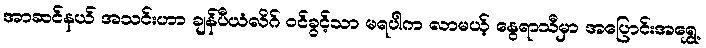
အာဆင်နယ် အသင်းဟာ ချန်ပီယံလိဂ် ဝင်ခွင့်သာ မရပါက လာမယ့် နွေရာသီမှာ အပြောင်းအရွှေ့